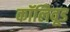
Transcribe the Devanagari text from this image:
कॉलिवूड